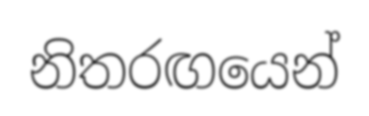
නිතරඟයෙන්